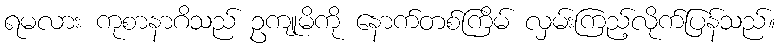
ရမလား ကုစာနာဂိသည် ဥကျုမိကို နောက်တစ်ကြိမ် လှမ်းကြည့်လိုက်ပြန်သည်။